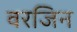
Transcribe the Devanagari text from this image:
वरजिन